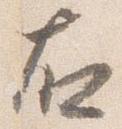
右